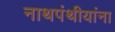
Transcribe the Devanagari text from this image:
नाथपंथीयांना